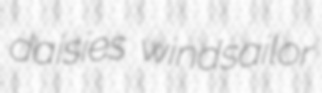
daisies windsailor